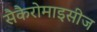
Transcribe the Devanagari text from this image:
सैकैरोमाइसीज